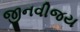
જીનવીજય